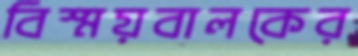
বিস্ময়বালকের